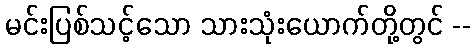
မင်းပြစ်သင့်သော သားသုံးယောက်တို့တွင် --